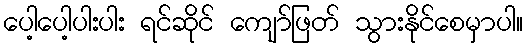
ပေါ့ပေါ့ပါးပါး ရင်ဆိုင် ကျော်ဖြတ် သွားနိုင်စေမှာပါ။